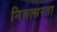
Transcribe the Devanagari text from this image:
निमत्सरता